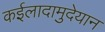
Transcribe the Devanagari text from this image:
कईलादामुदेयान